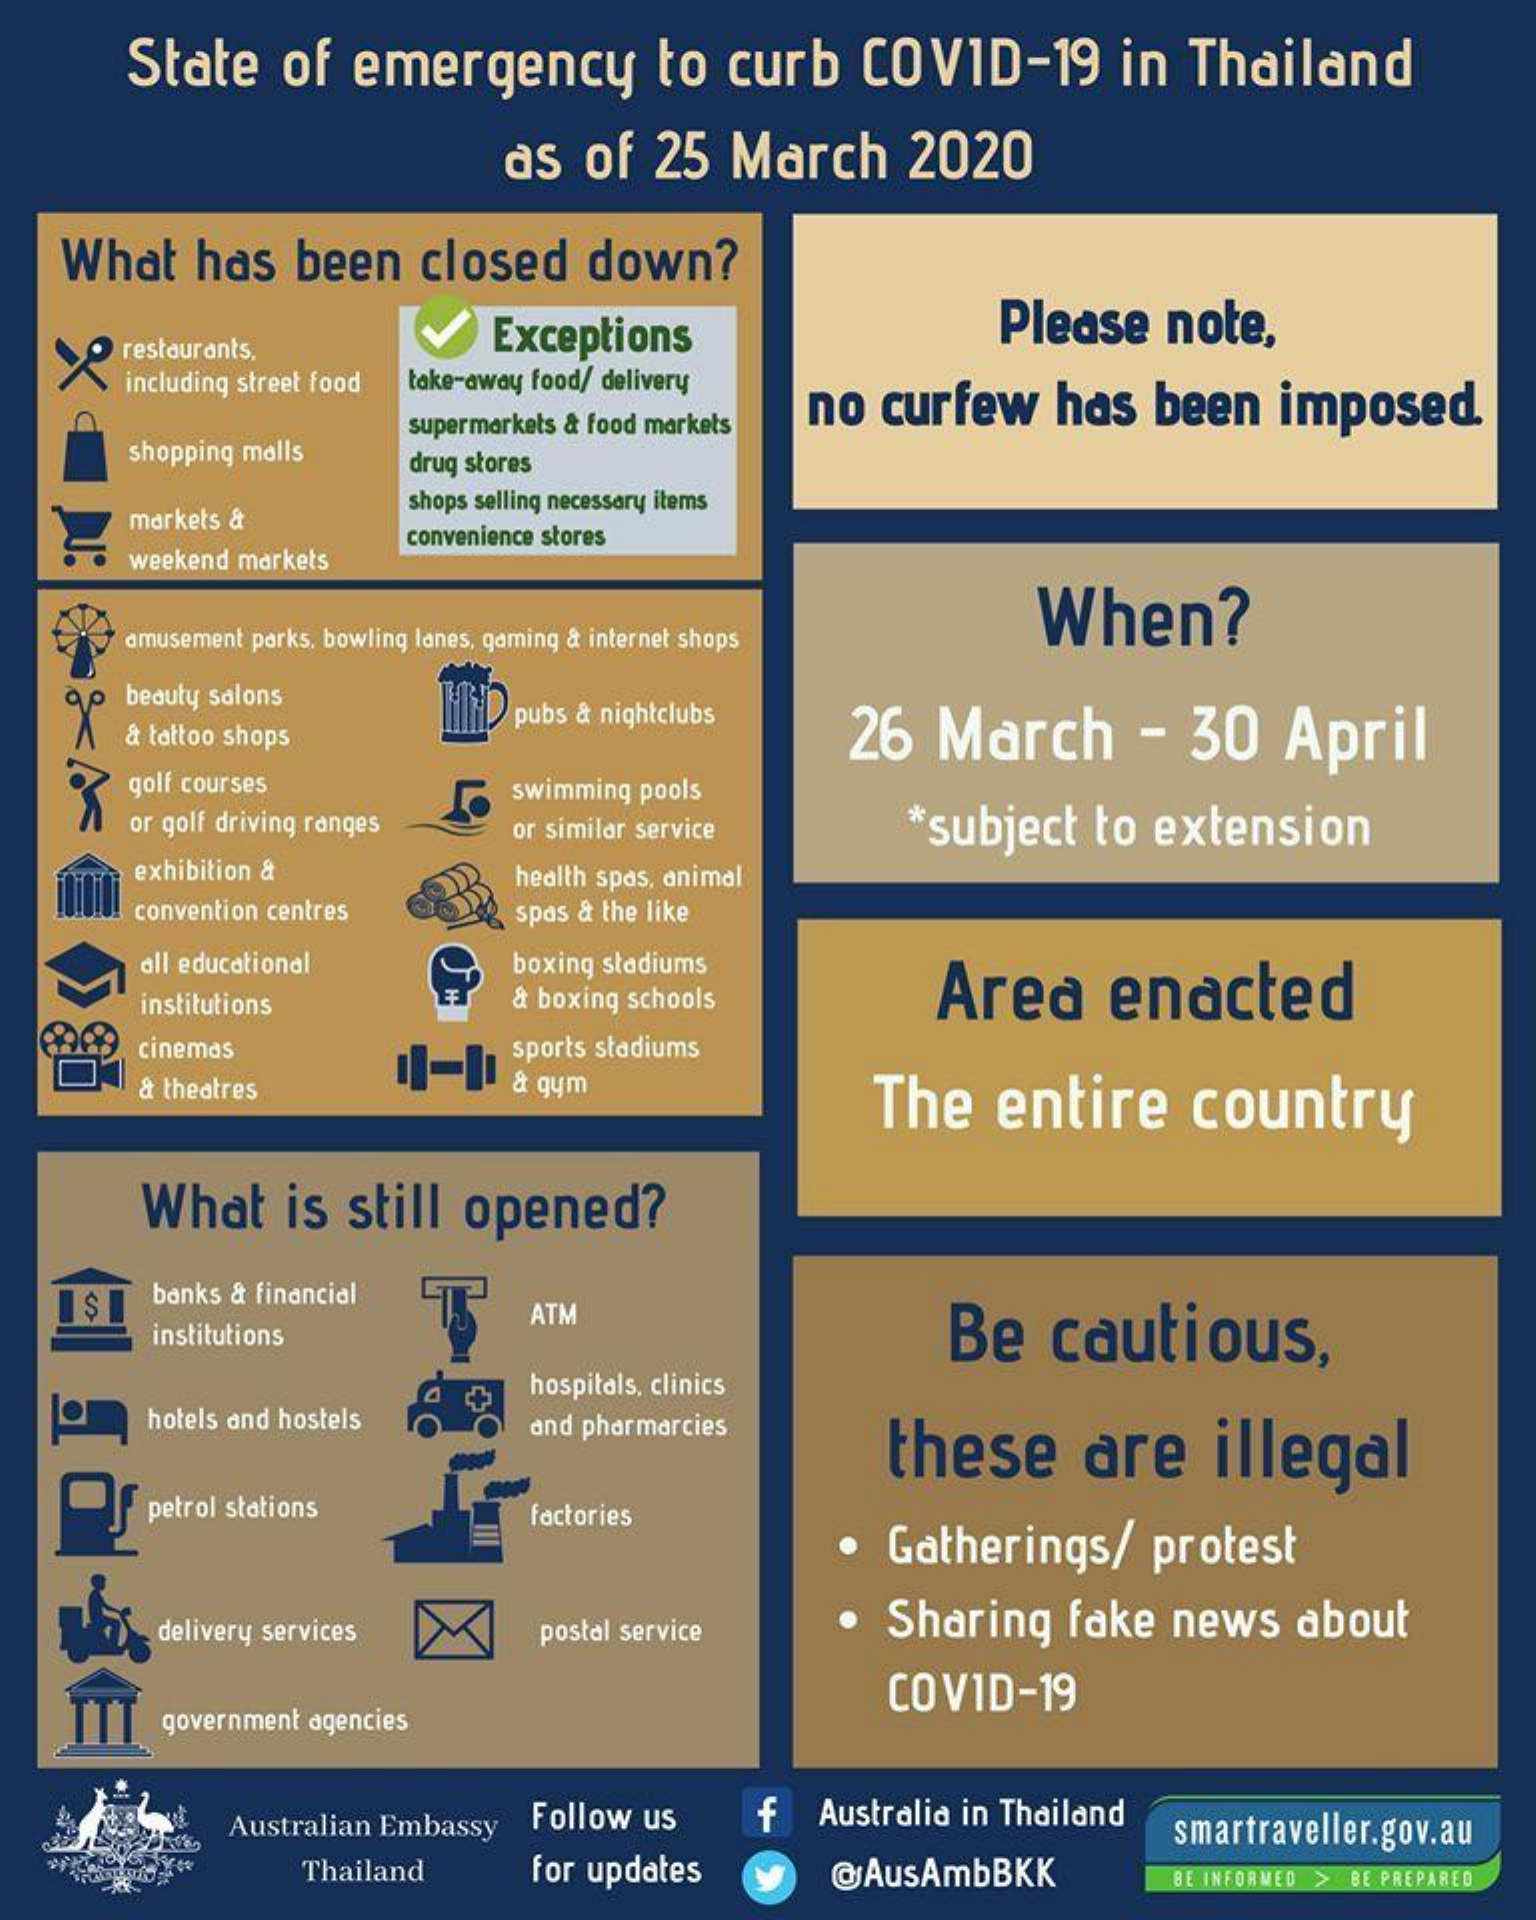
State of emergency   to curb COVID-19  in Thailand
     as of 25 March  2020
   What has been closed down?
   > restaurants,   Exceptions    Please note,
     including street food take-away food/ delivery
     no curfew has been imposed.
     shopping malls
     supermarkets & food markets
     drug stores
     markets &
     shops selling necessary items
     weekend markets
     convenience stores
     When?
     amusement parks, bowling lanes, gaming & internet shops
     beauty salons
     & tattoo shops
     pubs & nightclubs
     26 March   - 30  April
     golf courses
     or golf driving ranges
     swimming pools
     or similar service *subject to extension
     exhibition à   health spas, animal
     convention centres spas & the like
     all educational boxing stadiums
     institutions   & boxing schools Area  enacted
     cinemas    sports stadiums
     & theatres    & gym
     The entire  country
     What is still opened?
     banks & financial
     institutions
     ATM
     Be cautious,
     hospitals, clinics
     hotels and hostels and pharmarcies
     these   are  illegal
     petrol stations factories
     Gatherings/ protest
     delivery services postal service · Sharing fake news about
     COVID-19
     government agencies
     Australian Embassy Follow us f Australia in Thailand
     smartraveller.gov.au
     Thailand for updates @AusAmbBKK    BE INFORMED > BE PREPARED